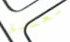
تعليق